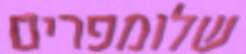
שלומפרים